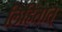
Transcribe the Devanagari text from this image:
लिहितात्